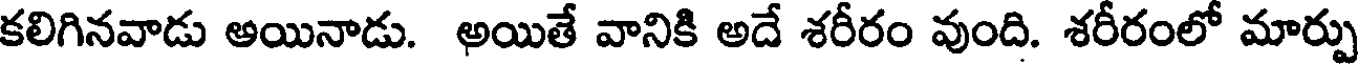
కలిగినవాడు అయినాడు. అయితే వానికి అదే శరీరం వుంది. శరీరంలో మార్పు